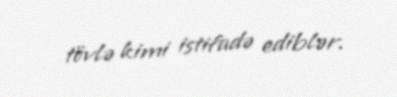
tövlə kimi istifadə ediblər.